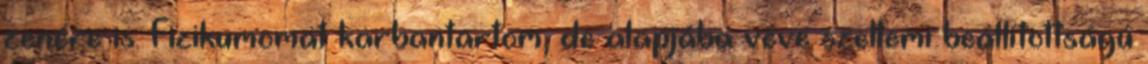
zenére is. Fizikumomat karbantartom, de alapjába véve szellemi beállítottságú